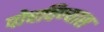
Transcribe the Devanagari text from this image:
पोचविण्यास